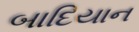
બાદિયાન